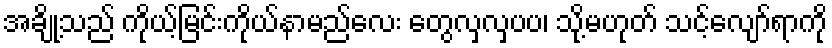
အချို့သည် ကိုယ့်မြင်းကိုယ်နာမည်လေး တွေလှလှပပ၊ သို့မဟုတ် သင့်လျော်ရာကို